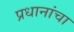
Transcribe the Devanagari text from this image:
प्रधानांचा